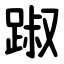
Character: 踧